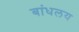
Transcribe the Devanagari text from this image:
बांधलय